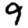
Digit: 9